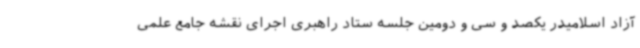
آزاد اسلامیدر یکصد و سی و دومین جلسه ستاد راهبری اجرای نقشه جامع علمی